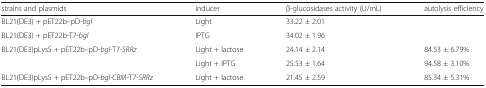
<table><thead><tr><td><b>strains and plasmids</b></td><td><b>inducer</b></td><td><b>β-glucosidases activity (U/mL)</b></td><td><b>autolysis efficiency</b></td></tr></thead><tbody><tr><td>BL21(DE3) + pET22b–pD-<i>bgl</i></td><td>Light</td><td>33.22 ± 2.01</td><td></td></tr><tr><td>BL21(DE3) + pET22b-T7-<i>bgl</i></td><td>IPTG</td><td>34.02 ± 1.96</td><td></td></tr><tr><td rowspan="2">BL21(DE3)pLysS + pET22b–pD-<i>bgl</i>-T7-<i>SRRz</i></td><td>Light + lactose</td><td>24.14 ± 2.14</td><td>84.53 ± 6.79%</td></tr><tr><td>Light + IPTG</td><td>25.53 ± 1.64</td><td>94.58 ± 3.10%</td></tr><tr><td>BL21(DE3)pLysS + pET22b–pD-<i>bgl-CBM</i>-T7-<i>SRRz</i></td><td>Light + lactose</td><td>21.45 ± 2.59</td><td>85.34 ± 5.31%</td></tr></tbody></table>